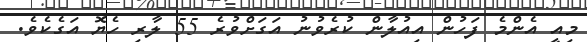
މިއީ އެންމެ ފަހުން އިއުލާން ކުރެވުނު އަގަށްވުރެ 55 ލާރި ހެޔޮ އަގެކެވެ.